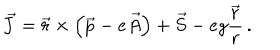
LaTeX: \vec { J } = \vec { r } \times \left( \vec { p } - e \vec { A } \right) + \vec { S } - e g \frac { \vec { r } } { r } \, .